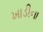
ખાડીના